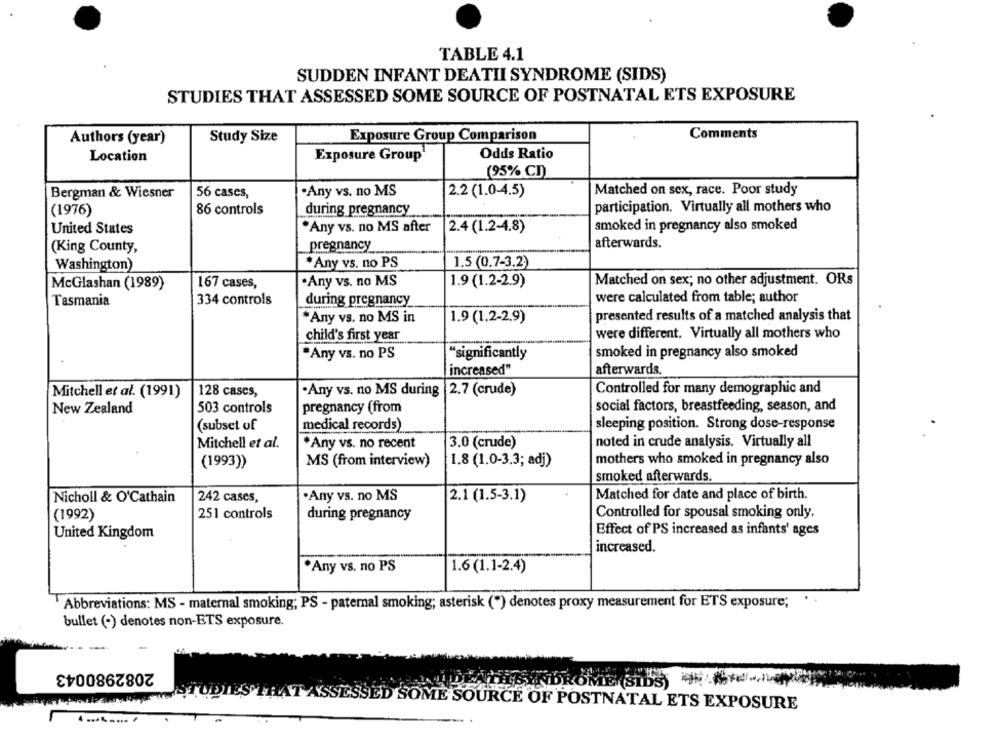
TABLE 4.1
SUDDEN INFANT DEATII SYNDROME (SIDS)
STUDIES THAT ASSESSED SOME SOURCE OF POSTNATAL ETS EXPOSURE
Authors (year)
Study Size
Exposure Group Comparison
Comments
Odds Ratio
Location
Exposure Group
(95% CI)
Bergman & Wiesner
56 cases,
·Any vs. no MS
2.2 (1.0-4.5)
Matched on sex, race. Poor study
(1976)
86 controls
during pregnancy
participation. Virtually all mothers who
United States
"Any vs. no MS after
2.4 (1.2-4.8)
smoked in pregnancy also smoked
afterwards.
(King County,
pregnancy
Washington)
*Any vs. no PS
1.5 (0.7-3.2)
·Any vs. no MS
Matched on sex; no other adjustment. ORs
McGlashan (1989)
167 cases,
1.9 (1.2-2.9)
Tasmania
334 controls
during pregnancy
were calculated from table; author
*Any vs. no MS in
1.9 (1.2-2.9)
presented results of a matched analysis that
child's first year
were different. Virtually all mothers who
*Any vs. no PS
"significantly
smoked in pregnancy also smoked
increased"
afterwards.
Mitchell et al. (1991)
128 cases,
·Any vs. no MS during |2.7 (crude)
Controlled for many demographic and
503 controls
social factors, breastfeeding, season, and
New Zealand
pregnancy (from
(subset of
medical records)
sleeping position. Strong dose-response
Mitchell et al.
*Any vs. no recent
3.0 (crude)
noted in crude analysis. Virtually all
(1993))
MS (from interview)
1.8 (1.0-3.3; adj)
mothers who smoked in pregnancy also
smoked afterwards.
·Any vs. no MS
Matched for date and place of birth.
Nicholl & O'Cathain
242 cases,
2.1 (1.5-3.1)
(1992)
251 controls
during pregnancy
Controlled for spousal smoking only.
United Kingdom
Effect of PS increased as infants' ages
increased.
*Any vs. no PS
1.6 (1.1-2.4)
Abbreviations: MS - maternal smoking; PS - paternal smoking; asterisk (*) denotes proxy measurement for ETS exposure;
bullet (-) denotes non-ETS exposure.
-
2082980043
SINDROME (SIDS) .
SESSED SOME SOURCE OF POSTNATAL ETS EXPOSURE